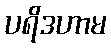
ပရိဒဟာမ